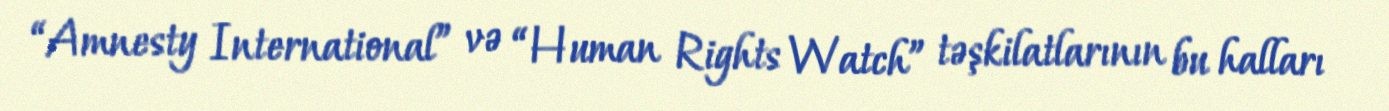
“Amnesty International” və “Human Rights Watch” təşkilatlarının bu halları